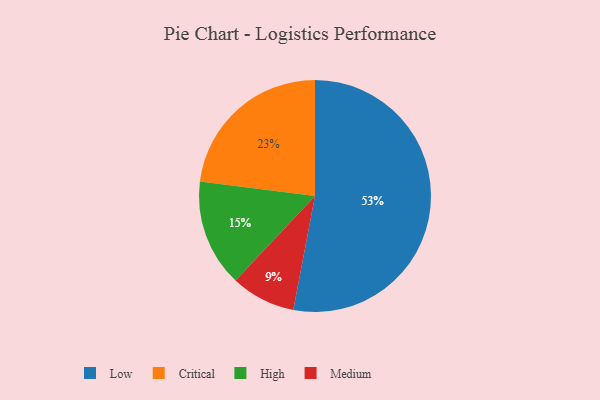
{"axis": {"x": "Category", "y": "Percentage"}, "legend": ["Critical", "High", "Low", "Medium"], "data": [{"x": "Medium", "y": 9, "type": "Medium"}, {"x": "High", "y": 15, "type": "High"}, {"x": "Low", "y": 53, "type": "Low"}, {"x": "Critical", "y": 23, "type": "Critical"}]}